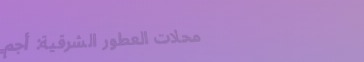
محلات العطور الشرقية: أجم